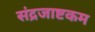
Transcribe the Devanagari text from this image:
संद्रजाष्टकम